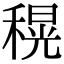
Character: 𮃜